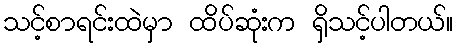
သင့်စာရင်းထဲမှာ ထိပ်ဆုံးက ရှိသင့်ပါတယ်။